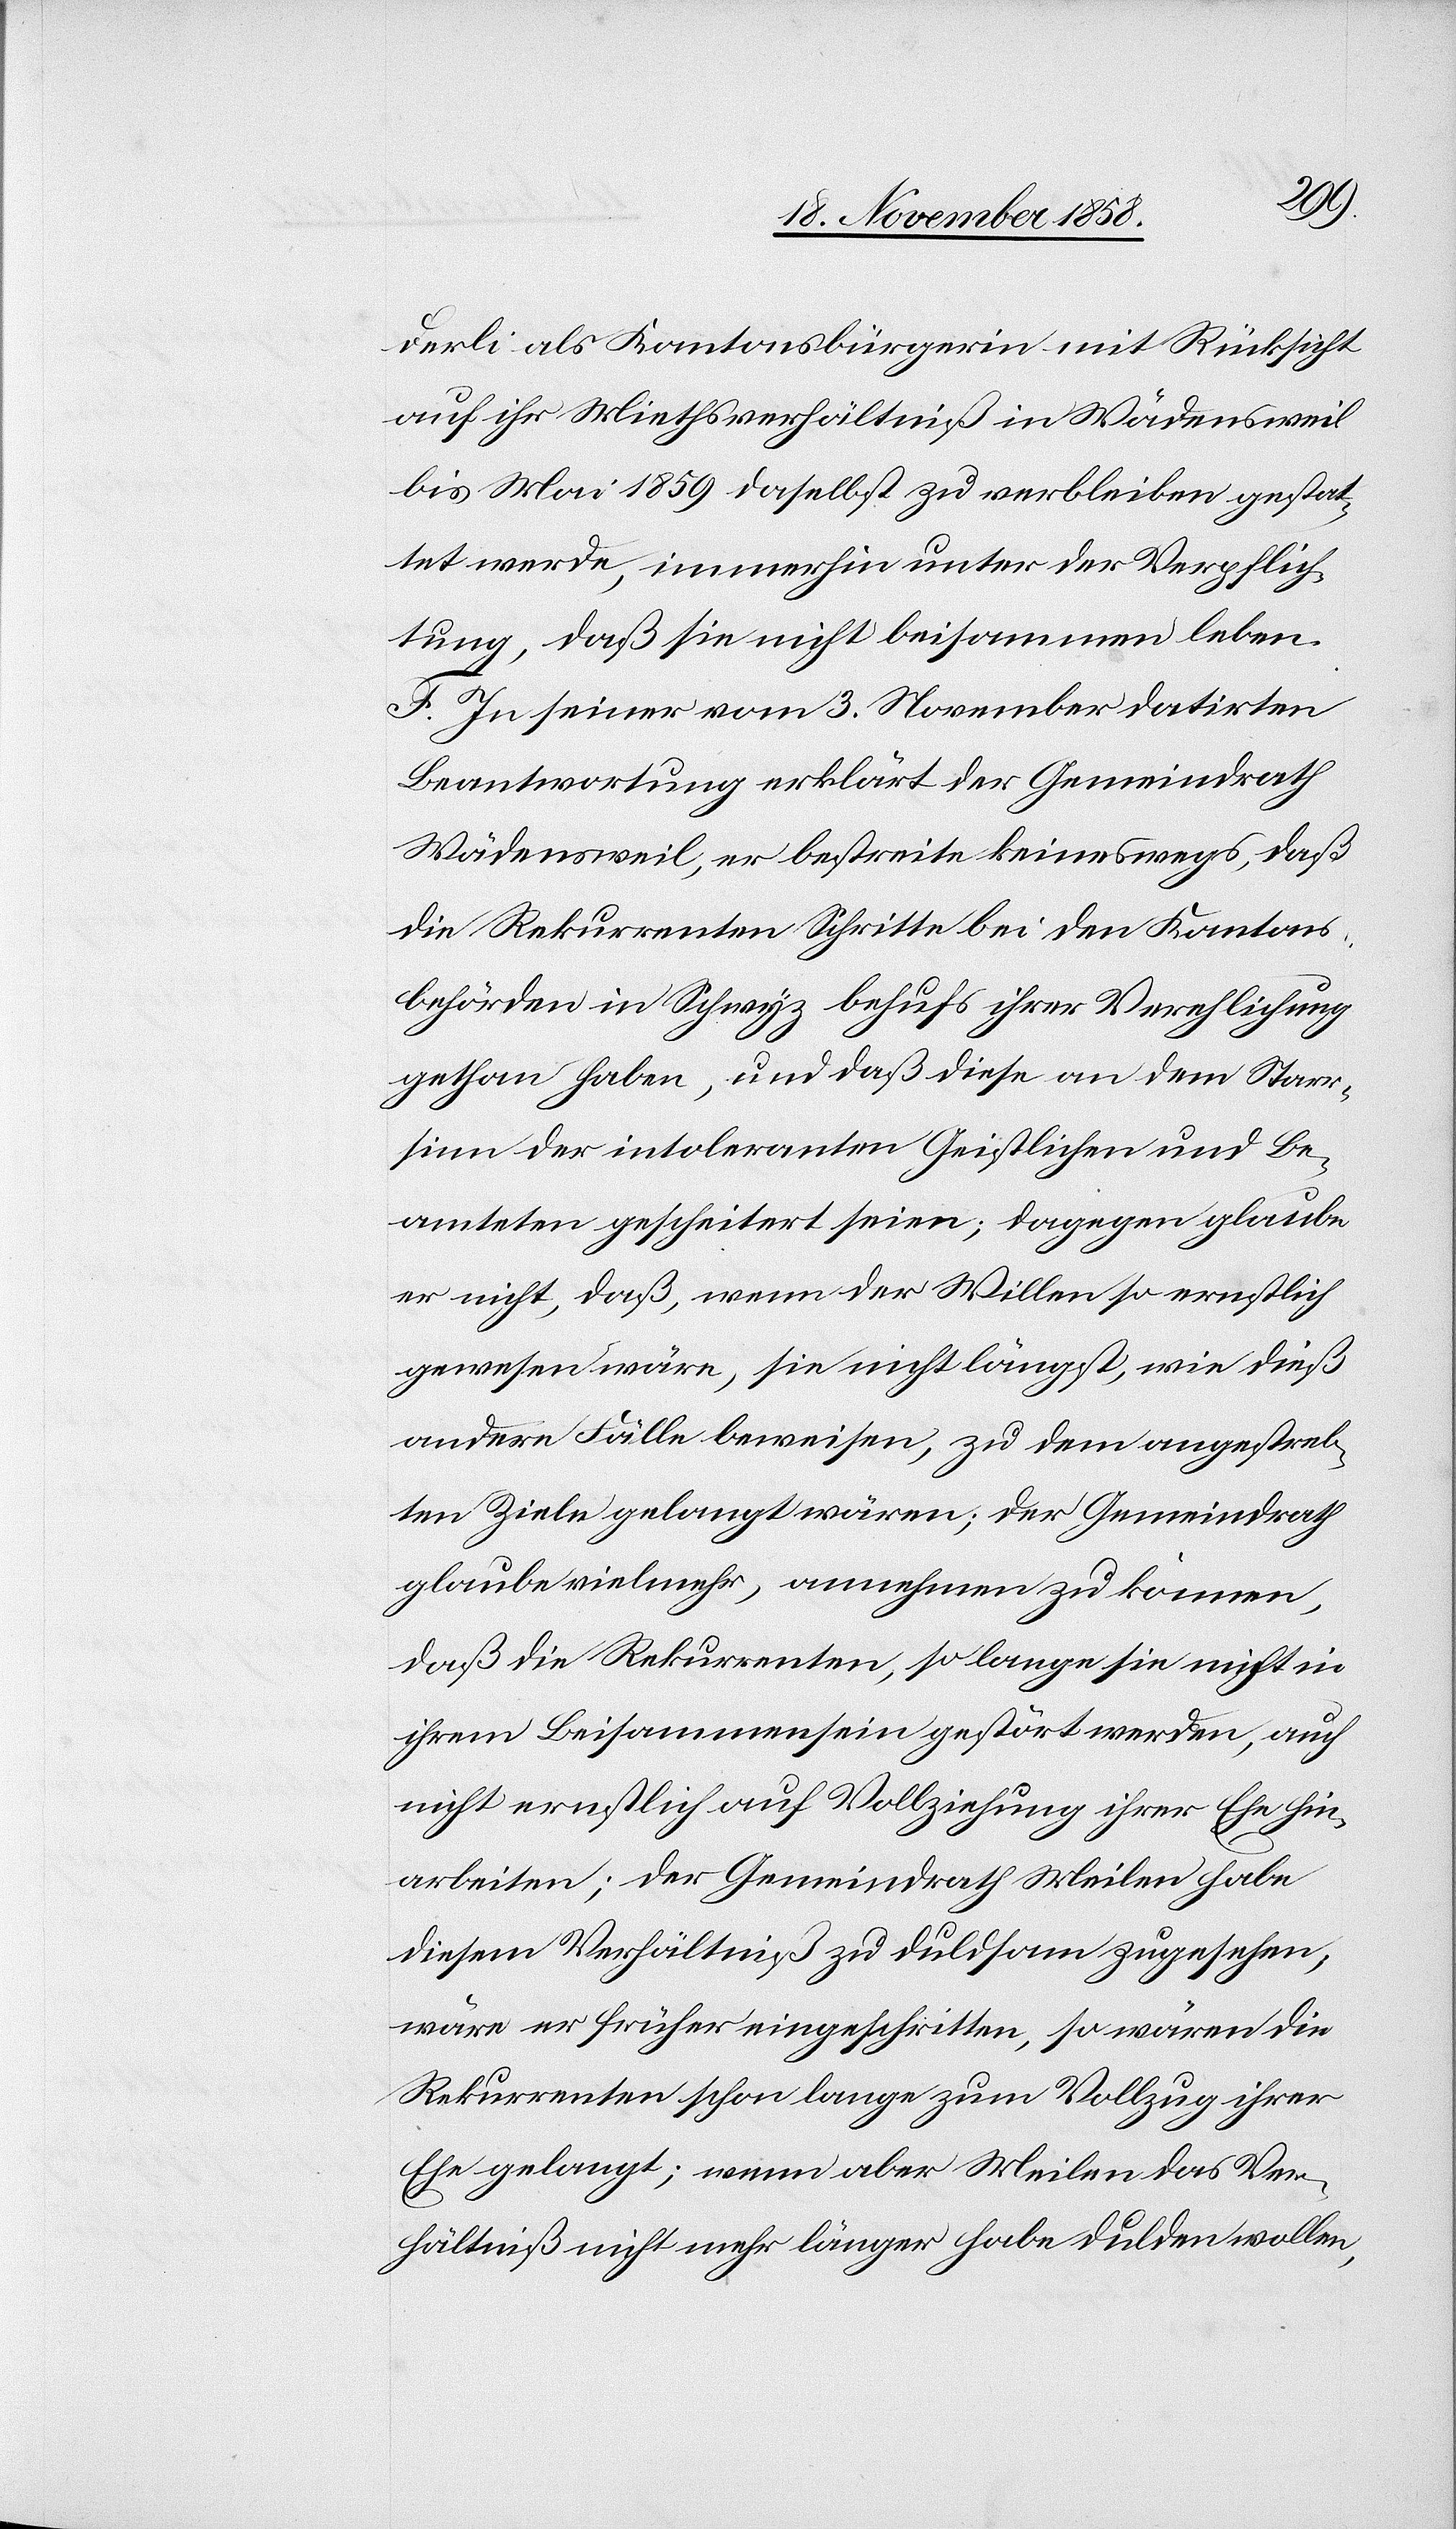
derli als Kantonsbürgerin mit Rücksicht
auf ihr Miethsverhältniß in Wädensweil
bis Mai 1859 daselbst zu verbleiben gestat¬
tet werde, immerhin unter der Verpflich¬
tung, daß sie nicht beisammen leben.
F. In seiner vom 3. November datirten
Beantwortung erklärt der Gemeindrath
Wädensweil, er bestreite keineswegs, daß
die Rekurrenten Schritte bei den Kantons¬
behörden in Schwyz behufs ihrer Verehlichung
gethan haben, und daß diese an dem Starr¬
sinn der intoleranten Geistlichen und Be¬
amteten gescheitert seien; dagegen glaube
er nicht, daß, wenn der Willen so ernstlich
gewesen wäre, sie nicht längst, wie dieß
andere Fälle beweisen, zu dem angestreb¬
ten Ziele gelangt wären; der Gemeindrath
glaube vielmehr, annehmen zu können,
daß die Rekurrenten, so lange sie nicht in
ihrem Beisammensein gestört werden, auch
nicht ernstlich auf Vollziehung ihrer Ehe hin¬
arbeiten; der Gemeindrath Meilen habe
diesem Verhältniß zu duldsam zugesehen;
wäre er früher eingeschritten, so wären die
Rekurrenten schon lange zum Vollzug ihrer
Ehe gelangt; wenn aber Meilen das Ver¬
hältniß nicht mehr länger habe dulden wollen,